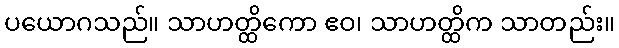
ပယောဂသည်။ သာဟတ္ထိကော ဧဝ၊ သာဟတ္ထိက သာတည်း။